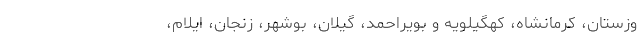
وزستان، کرمانشاه، کهگیلویه و بویراحمد، گیلان، بوشهر، زنجان، ایلام،